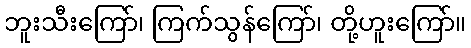
ဘူးသီးကြော်၊ ကြက်သွန်ကြော်၊ တို့ဟူးကြော်။